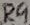
Text: R9